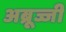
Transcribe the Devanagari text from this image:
अब्रूज्जी